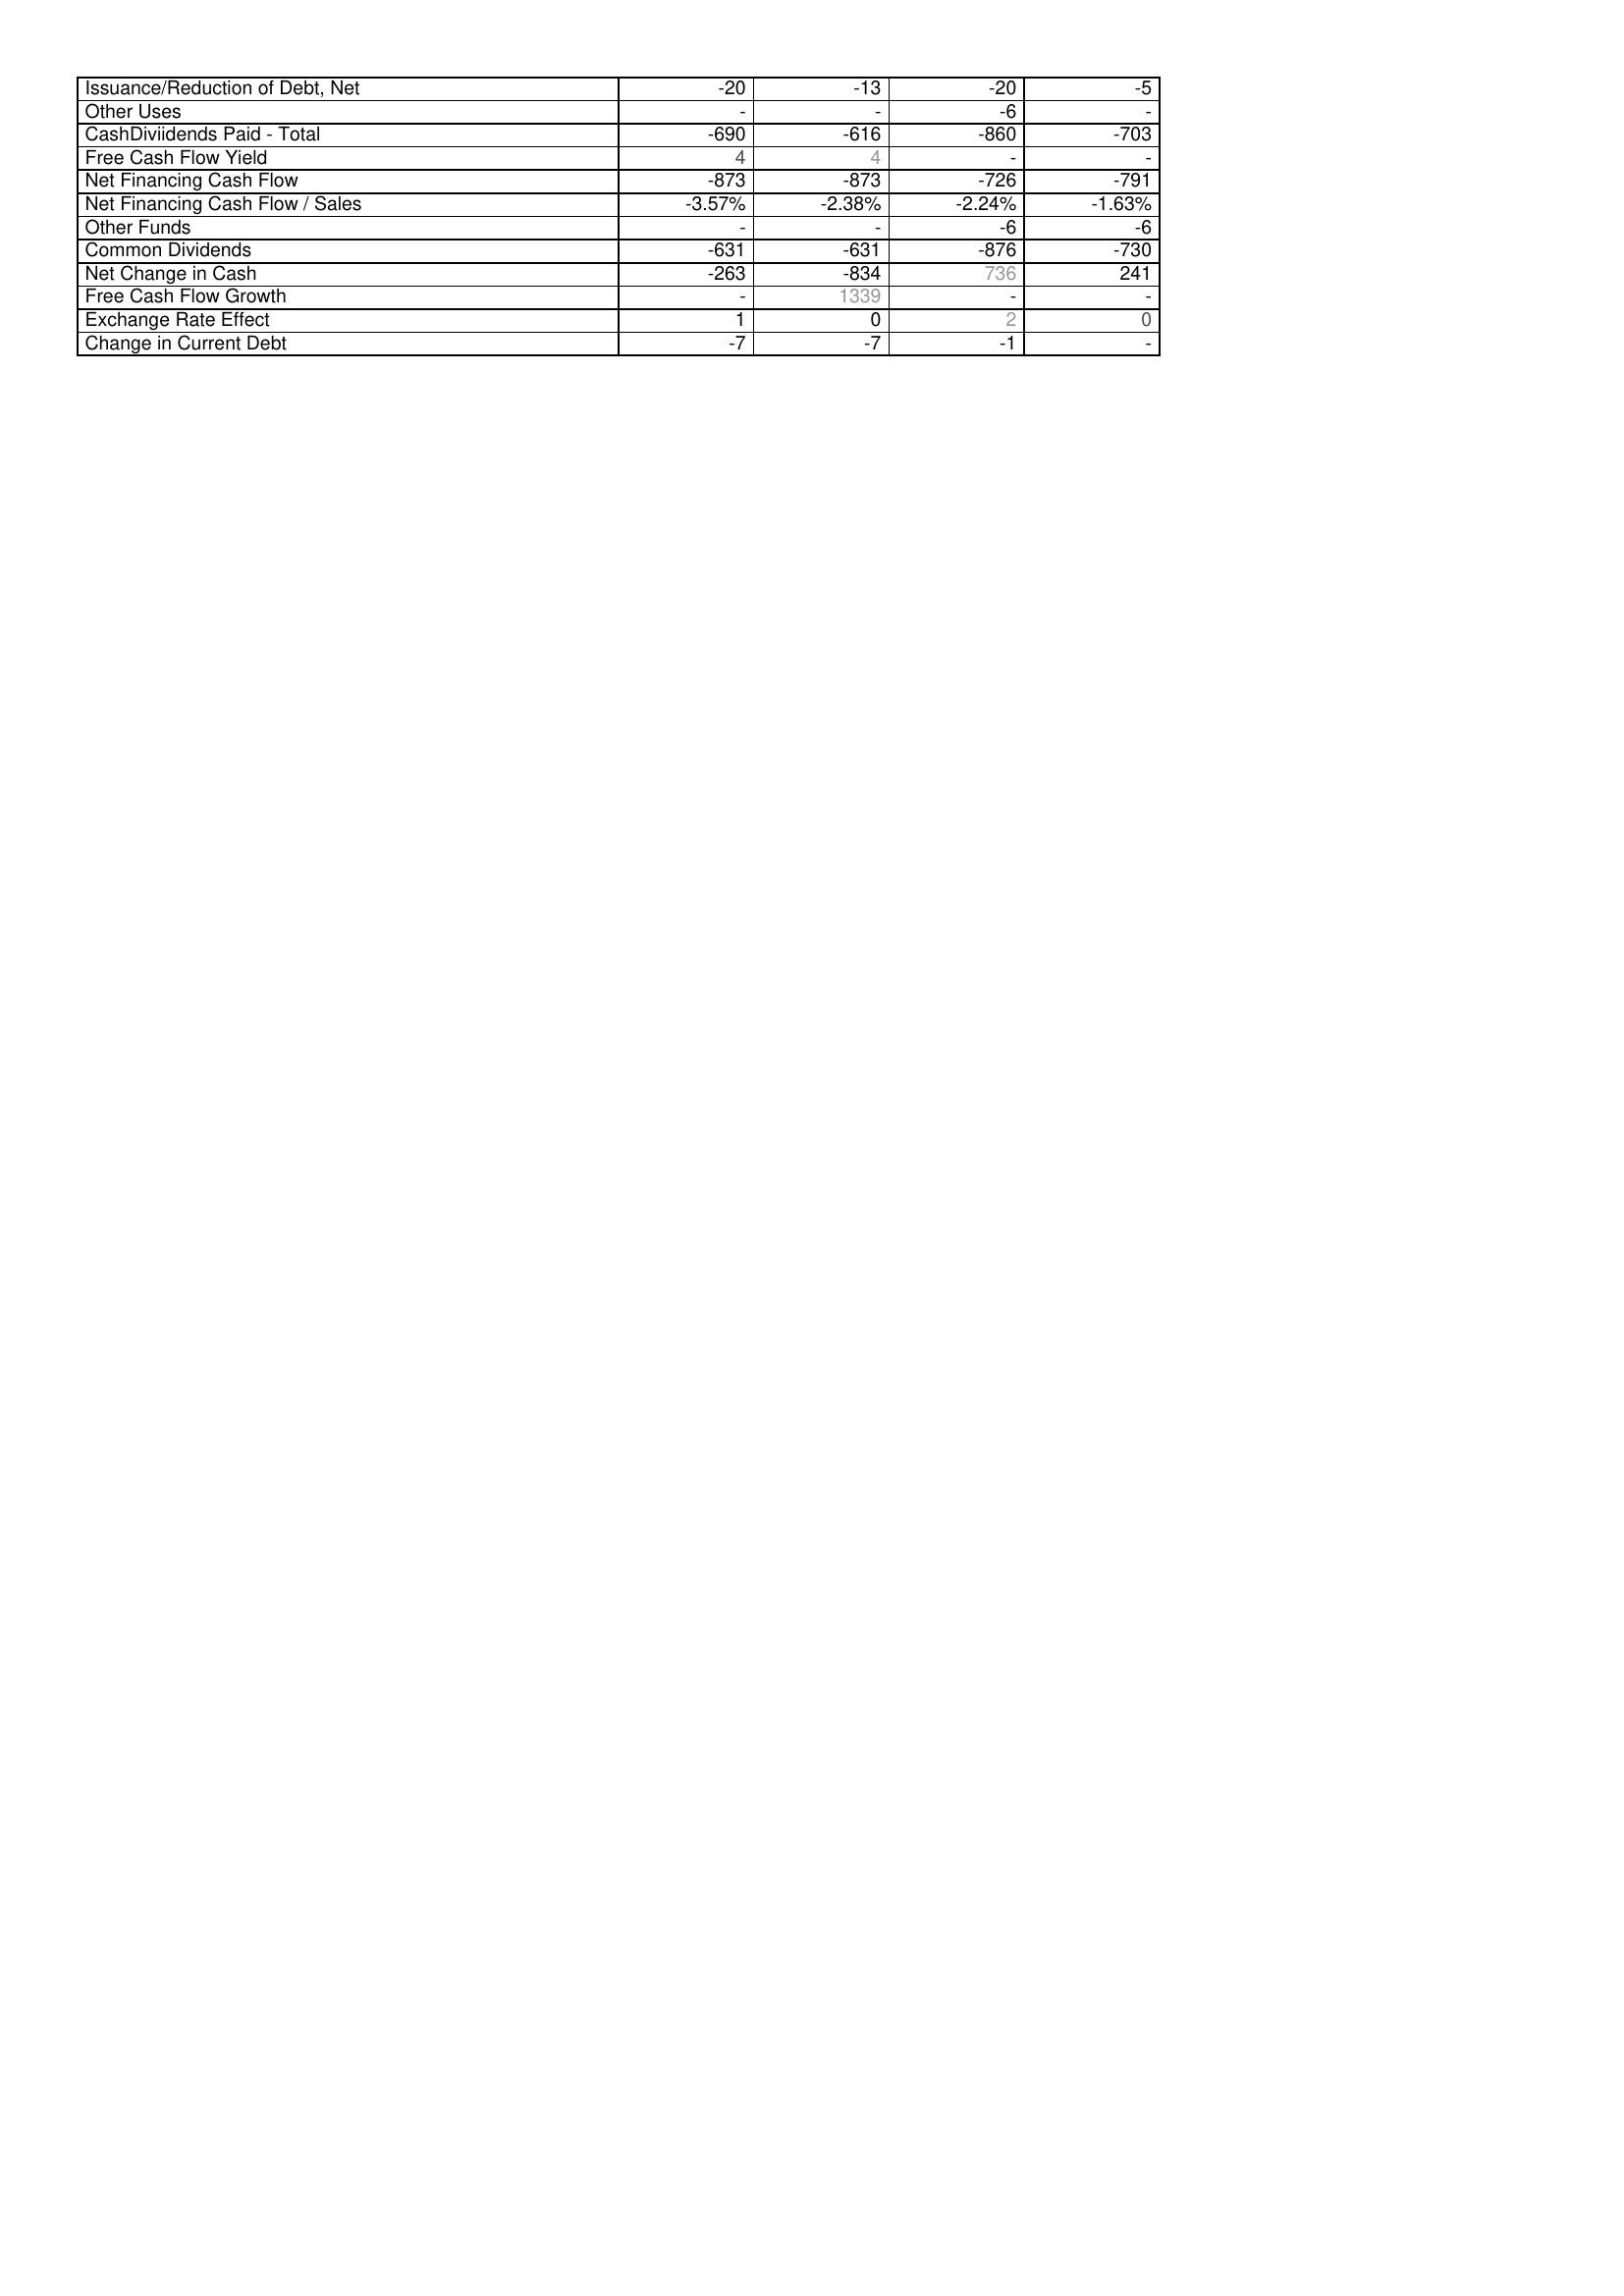
2007: Financing Activities: Issuance/Reduction of Debt, Net: -20
Other Uses: -
CashDiviidends Paid - Total: -690
Free Cash Flow Yield: 4
Net Financing Cash Flow: -873
Net Financing Cash Flow / Sales: -3.57%
Other Funds: -
Common Dividends: -631
Net Change in Cash: -263
Free Cash Flow Growth: -
Exchange Rate Effect: 1
Change in Current Debt: -7
2006: Financing Activities: Issuance/Reduction of Debt, Net: -13
Other Uses: -
CashDiviidends Paid - Total: -616
Free Cash Flow Yield: 4
Net Financing Cash Flow: -873
Net Financing Cash Flow / Sales: -2.38%
Other Funds: -
Common Dividends: -631
Net Change in Cash: -834
Free Cash Flow Growth: 1339
Exchange Rate Effect: 0
Change in Current Debt: -7
2005: Financing Activities: Issuance/Reduction of Debt, Net: -20
Other Uses: -6
CashDiviidends Paid - Total: -860
Free Cash Flow Yield: -
Net Financing Cash Flow: -726
Net Financing Cash Flow / Sales: -2.24%
Other Funds: -6
Common Dividends: -876
Net Change in Cash: 736
Free Cash Flow Growth: -
Exchange Rate Effect: 2
Change in Current Debt: -1
2004: Financing Activities: Issuance/Reduction of Debt, Net: -5
Other Uses: -
CashDiviidends Paid - Total: -703
Free Cash Flow Yield: -
Net Financing Cash Flow: -791
Net Financing Cash Flow / Sales: -1.63%
Other Funds: -6
Common Dividends: -730
Net Change in Cash: 241
Free Cash Flow Growth: -
Exchange Rate Effect: 0
Change in Current Debt: -